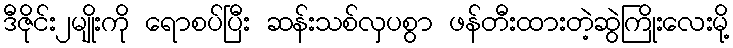
ဒီဇိုင်း၂မျိုးကို ရောစပ်ပြီး ဆန်းသစ်လှပစွာ ဖန်တီးထားတဲ့ဆွဲကြိုးလေးမို့